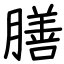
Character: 膳